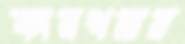
কারখনার